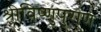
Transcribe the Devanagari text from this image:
श्रीविष्णुपुराण